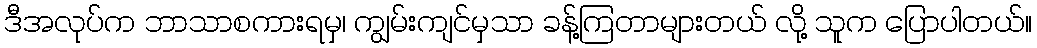
ဒီအလုပ်က ဘာသာစကားရမှ၊ ကျွမ်းကျင်မှသာ ခန့်ကြတာများတယ် လို့ သူက ပြောပါတယ်။